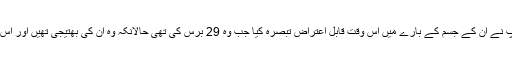
میری ٹرمپ نے اپنی کتاب میں یہ بھی لکھا کہ ڈونلڈ ٹرمپ نے ان کے جسم کے بارے میں اس وقت قابل اعتراض تبصرہ کیا جب وہ 29 برس کی تھی حالانکہ وہ ان کی بھتیجی تھیں اور اس وقت ٹرمپ کی شادی ان کی دوسری بیوی سے ہوئی تھی۔